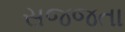
સજજતા